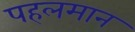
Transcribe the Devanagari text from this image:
पहलमान